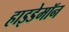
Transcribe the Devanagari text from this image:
हाइडेमॉन